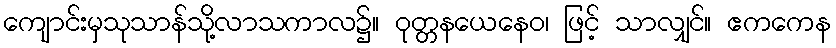
ကျောင်းမှသုသာန်သို့လာသကာလ၌။ ဝုတ္တနယေနေဝ၊ ဖြင့် သာလျှင်။ ဧကကေန